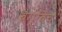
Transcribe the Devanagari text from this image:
बैग्बिच